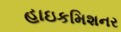
હાઇકમિશનર